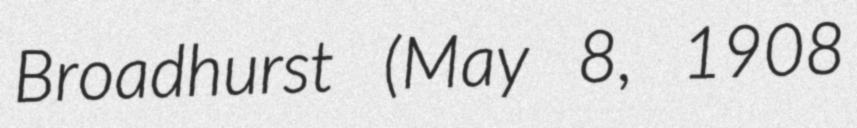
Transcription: Broadhurst (May 8, 1908